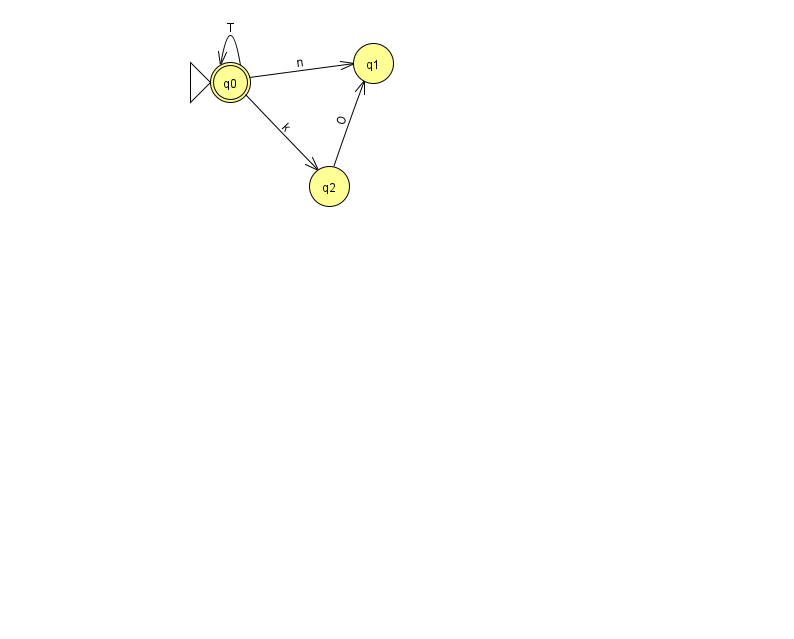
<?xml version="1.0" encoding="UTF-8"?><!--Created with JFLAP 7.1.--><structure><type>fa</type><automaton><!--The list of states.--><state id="0" name="q0"><x>230.0</x><y>69.0</y><initial/><final/></state><state id="1" name="q1"><x>373.0</x><y>50.0</y></state><state id="2" name="q2"><x>329.0</x><y>173.0</y></state><!--The list of transitions.--><transition><from>0</from><to>2</to><read>k</read></transition><transition><from>0</from><to>1</to><read>n</read></transition><transition><from>0</from><to>0</to><read>T</read></transition><transition><from>2</from><to>1</to><read>O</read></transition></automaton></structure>